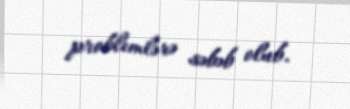
problemlərə səbəb olub.